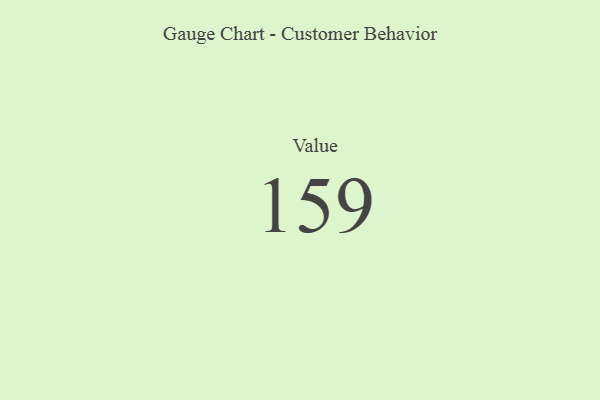
{"axis": {"x": "Metric", "y": "Value"}, "legend": [""], "data": [{"x": "Value", "y": 159, "type": ""}]}